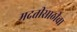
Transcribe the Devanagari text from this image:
मदतीसाठीचा